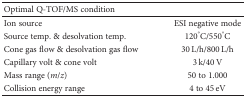
<table><thead><tr><td colspan="2"><b>Optimal Q-TOF/MS condition</b></td></tr></thead><tbody><tr><td>Ion source</td><td>ESI negative mode</td></tr><tr><td>Source temp. &amp; desolvation temp.</td><td>120°C/550°C</td></tr><tr><td>Cone gas flow &amp; desolvation gas flow</td><td>30 L/h/800 L/h</td></tr><tr><td>Capillary volt &amp; cone volt</td><td>3 k/40 V</td></tr><tr><td>Mass range (<i>m/z</i>)</td><td>50 to 1.000</td></tr><tr><td>Collision energy range</td><td>4 to 45 eV</td></tr></tbody></table>